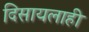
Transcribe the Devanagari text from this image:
दिसायलाही